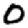
Digit: 0